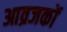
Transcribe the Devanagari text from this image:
आव्रजकों